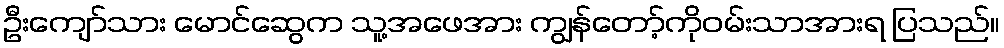
ဦးကျော်သား မောင်ဆွေက သူ့အဖေအား ကျွန်တော့်ကိုဝမ်းသာအားရ ပြသည်။